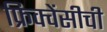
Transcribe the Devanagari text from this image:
फ्रिक्वेंसीची